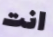
انت